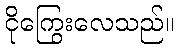
ငိုကြွေးလေသည်။